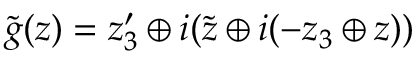
\tilde { g } ( z ) = z _ { 3 } ^ { \prime } \oplus i ( \tilde { z } \oplus i ( - z _ { 3 } \oplus z ) )